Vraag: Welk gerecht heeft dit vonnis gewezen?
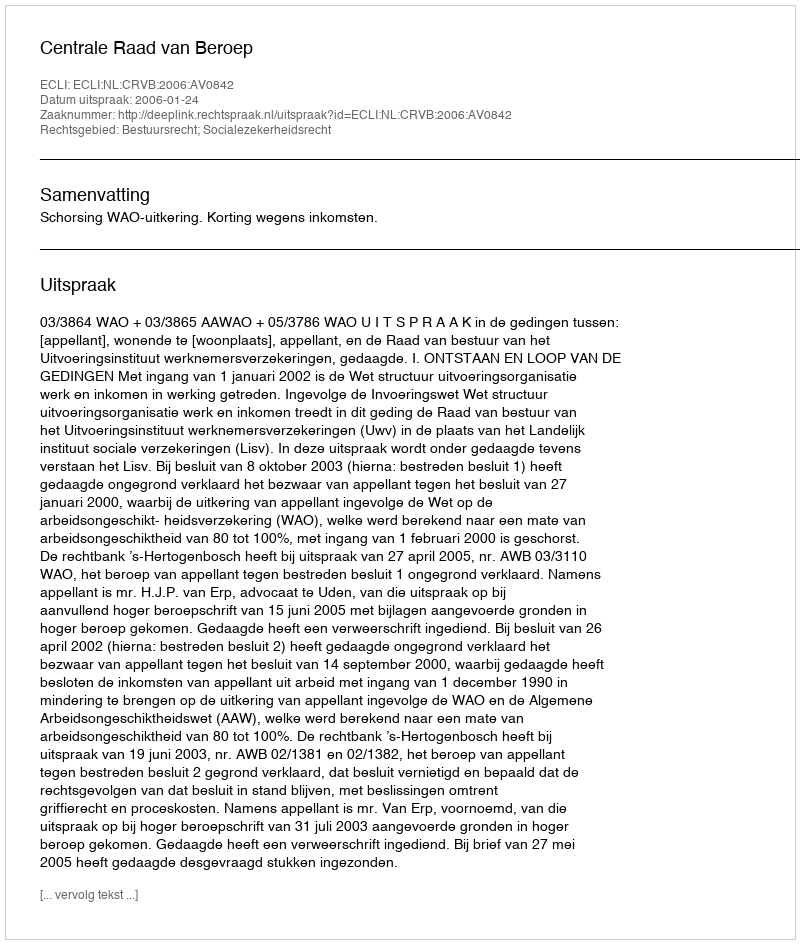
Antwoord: Centrale Raad van Beroep